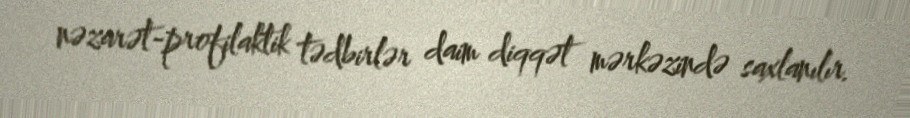
nəzarət-profilaktik tədbirlər daim diqqət mərkəzində saxlanılır.